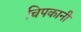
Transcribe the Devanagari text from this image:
चिपकानी